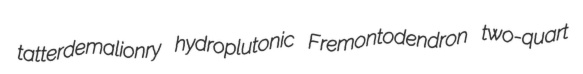
tatterdemalionry hydroplutonic Fremontodendron two-quart